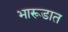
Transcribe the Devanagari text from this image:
भारूडात